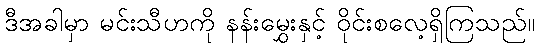
ဒီအခါမှာ မင်းသီဟကို နန်းမွှေးနှင့် ဝိုင်းစလေ့ရှိကြသည်။